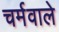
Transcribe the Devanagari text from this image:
चर्मवाले